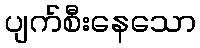
ပျက်စီးနေသော